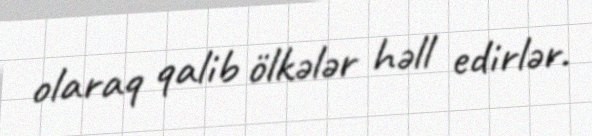
olaraq qalib ölkələr həll edirlər.